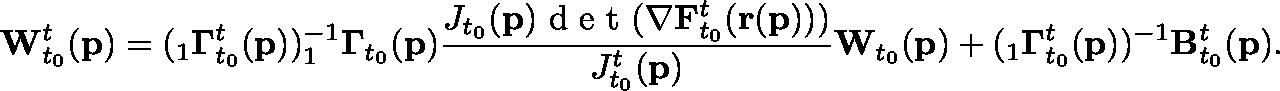
\mathbf { W } _ { t _ { 0 } } ^ { t } ( \mathbf { p } ) = ( _ { 1 } \mathbf { \Gamma } _ { t _ { 0 } } ^ { t } ( \mathbf { p } ) ) ^ { - 1 } _ { 1 } \mathbf { \Gamma } _ { t _ { 0 } } ( \mathbf { p } ) \frac { J _ { t _ { 0 } } ( \mathbf { p } ) \textup { d e t } ( \mathbf { \nabla } \mathbf { F } _ { t _ { 0 } } ^ { t } ( \mathbf { r } ( \mathbf { p } ) ) ) } { J _ { t _ { 0 } } ^ { t } ( \mathbf { p } ) } \mathbf { W } _ { t _ { 0 } } ( \mathbf { p } ) + ( _ { 1 } \mathbf { \Gamma } _ { t _ { 0 } } ^ { t } ( \mathbf { p } ) ) ^ { - 1 } \mathbf { B } _ { t _ { 0 } } ^ { t } ( \mathbf { p } ) .